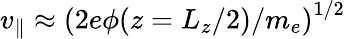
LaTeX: v_{\parallel}\approx\left(2e\phi(z=L_{z}/2)/m_{e}\right)^{1/2}